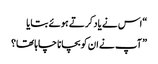
“اس نے یاد کرتے ہوئے بتایا
” آپ نے ان کو بچانا چاہا تھا؟